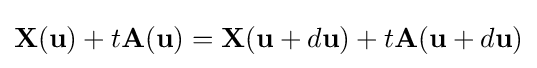
\mathbf {X} (\mathbf {u} )+t\mathbf {A} (\mathbf {u} )=\mathbf {X} (\mathbf {u} +d\mathbf {u} )+t\mathbf {A} (\mathbf {u} +d\mathbf {u} )